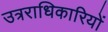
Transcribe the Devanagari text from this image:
उत्रराधिकारियों